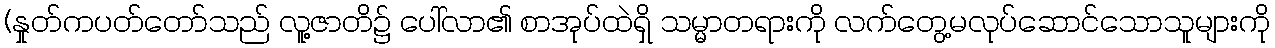
(နှုတ်ကပတ်တော်သည် လူ့ဇာတိ၌ ပေါ်လာ၏ စာအုပ်ထဲရှိ သမ္မာတရားကို လက်တွေ့မလုပ်ဆောင်သောသူများကို